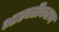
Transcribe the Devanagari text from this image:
भास्वतीकरण